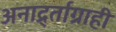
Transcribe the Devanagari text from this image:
अनार्द्र्ताग्राही